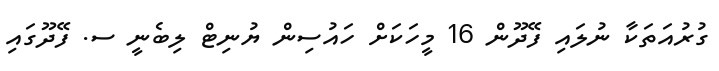
ގުރުއަތަކާ ނުލައި ފޭދޫން 16 މީހަކަށް ހައުސިން ޔުނިޓް ލިބެނީ ސ. ފޭދޫގައި